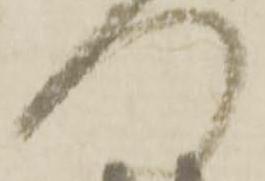
門